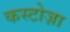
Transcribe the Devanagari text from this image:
कस्टोज़ा